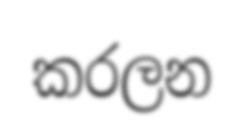
කරලන